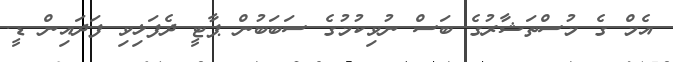
އެމް ގެ މުސްތަޝާރުގެ ބަސް ނުވިކުމުގެ ސަބަބުން ޕާޓީ ދެފަޅިވި ފަދައިން ޑީ.